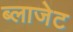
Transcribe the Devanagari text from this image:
ब्लाजेट